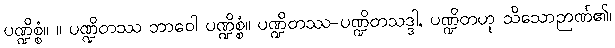
ပဏ္ဍိစ္စံ။ ။ ပဏ္ဍိတဿ ဘာဝေါ ပဏ္ဍိစ္စံ။ ပဏ္ဍိတဿ-ပဏ္ဍိတသဒ္ဒါ, ပဏ္ဍိတဟု သိသောဉာဏ်၏၊